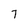
Character: 7